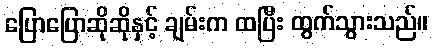
ပြောပြောဆိုဆိုနှင့် ချမ်းက ထပြီး ထွက်သွားသည်။